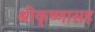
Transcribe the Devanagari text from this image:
श्रीकृष्णासह